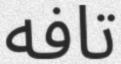
تافه